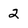
Character: 2